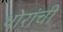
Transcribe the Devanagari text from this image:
थोरांची